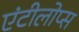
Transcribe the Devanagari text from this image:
एंटीलोप्स